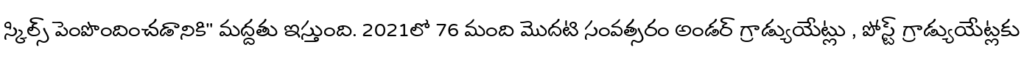
స్కిల్స్ పెంపొందించడానికి" మద్దతు ఇస్తుంది. 2021లో 76 మంది మొదటి సంవత్సరం అండర్ గ్రాడ్యుయేట్లు , పోస్ట్ గ్రాడ్యుయేట్లకు